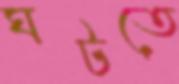
ঘটতে